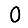
Digit: 0